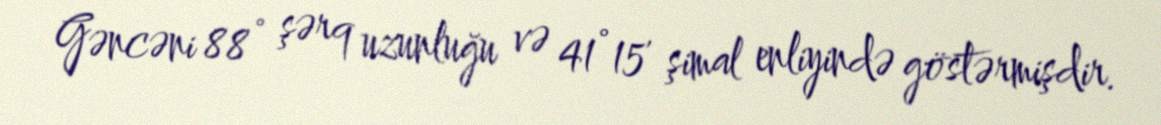
Gəncəni 88° şərq uzunluğu və 41°15' şimal enliyində göstərmişdir.